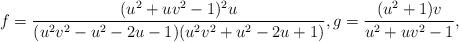
LaTeX: \begin{align*}f = \frac{(u^2 + uv^2 - 1)^2u}{(u^2v^2 - u^2 - 2u -1)(u^2v^2 + u^2 - 2u+1)}, g = \frac{(u^2+1)v}{u^2 + uv^2 - 1},\end{align*}